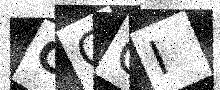
Text: GGOI